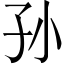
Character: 孙